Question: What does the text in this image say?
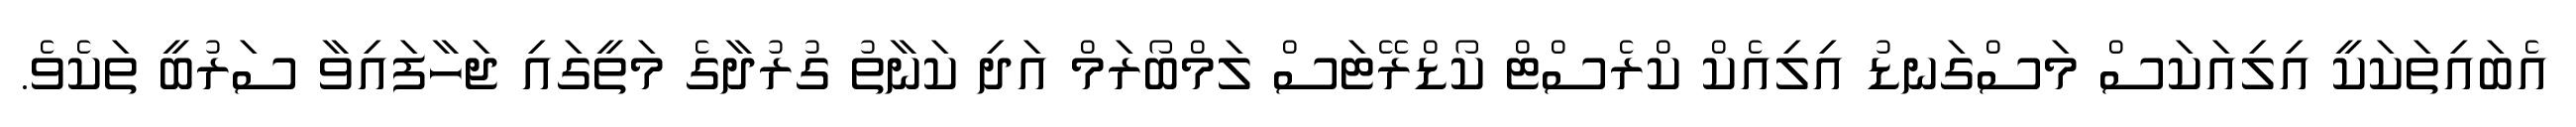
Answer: އެބައިތަކަކީ އިލިއަކަސް މަސްގަނޑު އިލިއެކް ކްރެސްޓް ކޯޑްރޭޓަސް ލަމްބޯރަމް އަދި ކަނާތު ގުރުދާގެ މަތީގައި ޖަހާފައިވާ ސަރުބީ ތަކެވެ.